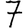
Digit: 7